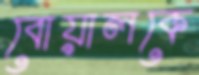
বোয়ালকে